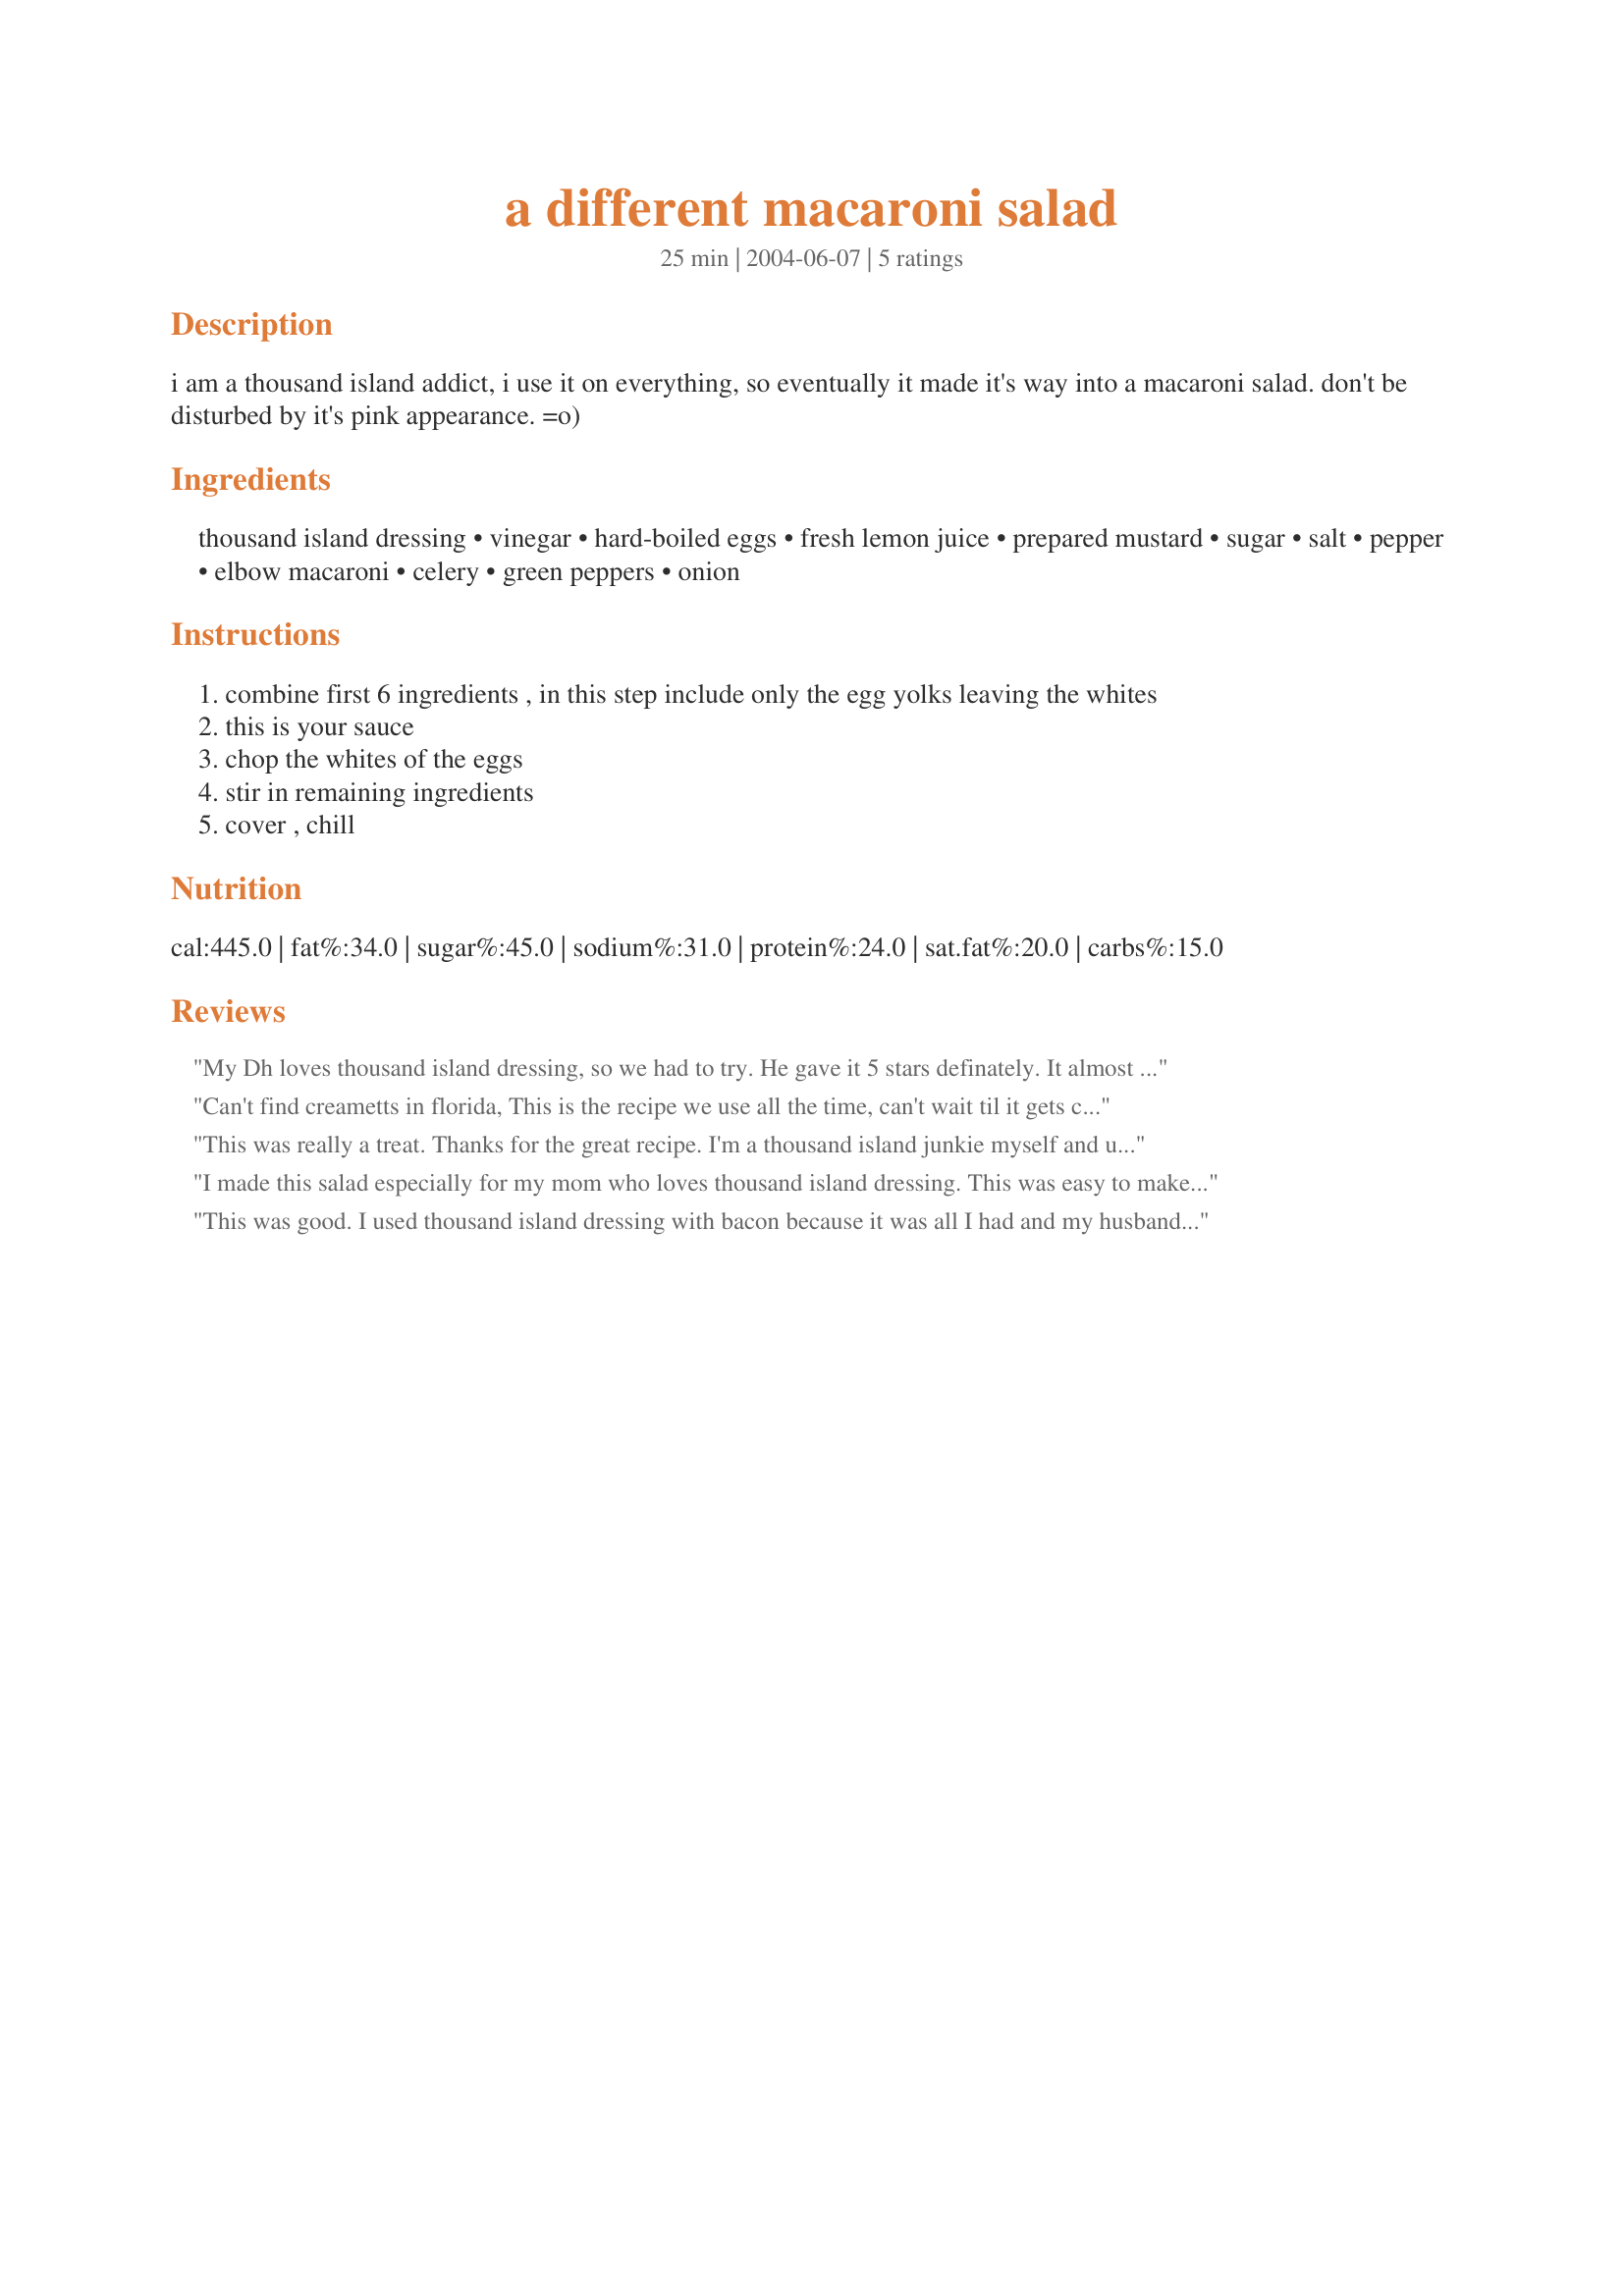
a different macaroni salad
Preparation time: 25 minutes

i am a thousand island addict, i use it on everything, so eventually it made it's way into a macaroni salad. don't be disturbed by it's pink appearance. =o)

Ingredients:
thousand island dressing, vinegar, hard-boiled eggs, fresh lemon juice, prepared mustard, sugar, salt, pepper, elbow macaroni, celery, green peppers, onion

Steps:
combine first 6 ingredients , in this step include only the egg yolks leaving the whites
this is your sauce
chop the whites of the eggs
stir in remaining ingredients
cover , chill

Reviews:
My Dh loves thousand island dressing, so we had to try. He gave it 5 stars definately. It almost tasted like a store made noodle salad dressing. Was really easy. I'm thinking it might be good with potatoes, too. I'll let you know.
Can't find creametts in florida, This is the recipe we use all the time, can't wait til it gets cooler outside so i could put my oven on .
This was really a treat. Thanks for the great recipe. I'm a thousand island junkie myself and usually I'm lazy and just pour it over cumcumbers for my salads. This made me work a little harder!
I made this salad especially for my mom who loves thousand island dressing. This was easy to make and the taste was interesting. I chilled it for about 3 hours before serving but the leftovers the next day tasted even better. Thanks for posting-hope you like the photo!
This was good. I used thousand island dressing with bacon because it was all I had and my husband loved it.
